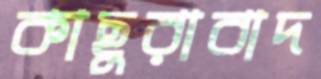
কাছুরাবাদ